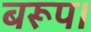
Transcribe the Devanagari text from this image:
बरूप।